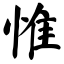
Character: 惟